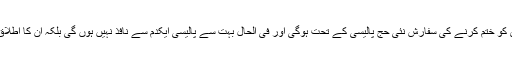
نئی حج پالیسی کا نفاذ یکدم نہیں:مختار عباس نقوی نے کہا کہ حج سبسڈی کو ختم کرنے کی سفارش نئی حج پالیسی کے تحت ہوگی اور فی الحال بہت سے پالیسی ایکدم سے نافذ نہیں ہوں گی بلکہ ان کا اطلاق 2018سے اس کا آغاز ہوچکا ہے اور ہر سال انہیں نافد کیا جاتا رہیگا ۔